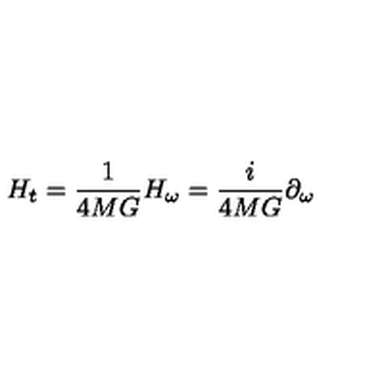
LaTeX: H _ { t } = { \frac { 1 } { 4 M G } } H _ { \omega } = { \frac { i } { 4 M G } } \partial _ { \omega }